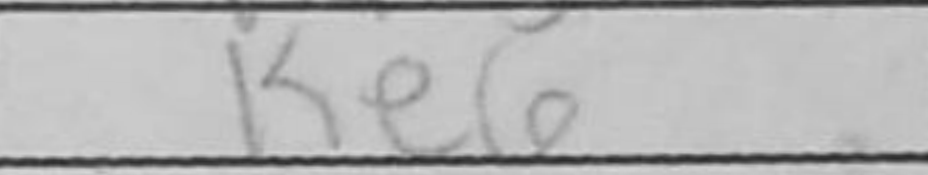
Transcription: Ke6